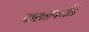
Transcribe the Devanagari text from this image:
भारतापर्यत